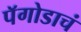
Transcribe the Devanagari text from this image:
पॅगोडाचं